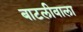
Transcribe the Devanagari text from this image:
बाटलीवाला